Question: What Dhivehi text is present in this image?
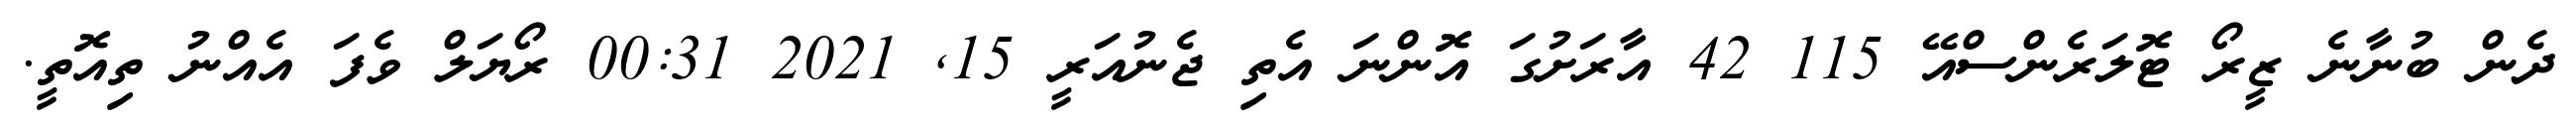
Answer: ދެން ބުނާނެ ޒީރޯ ޓޮލަރެންސްއޭ 115 42 އާރަށުގަ އޮންނަ އެތި ޖެނުއަރީ 15, 2021 00:31 ރޯޔަލް ވެފަ އެއްނު ތިއޮތީ.